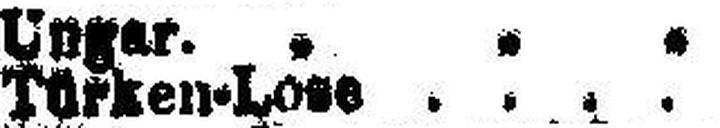
Türken-Lose